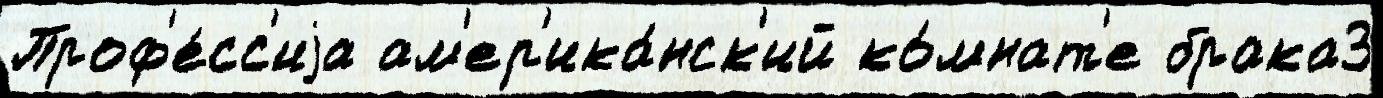
Проф'е́сс'иjа ам'ер'ика́нск'ий ко́мнат'е брака3